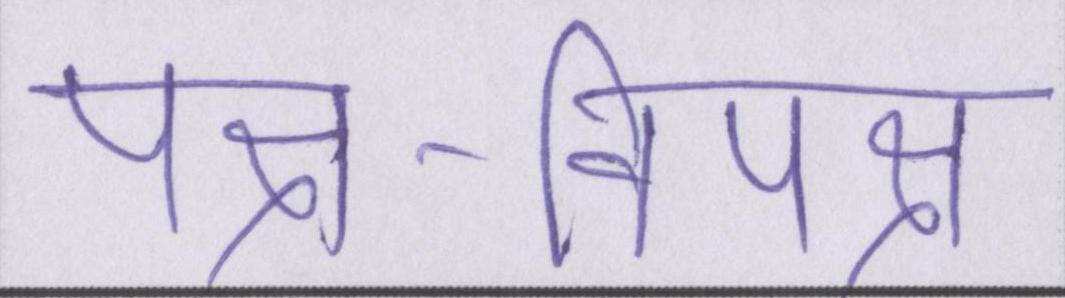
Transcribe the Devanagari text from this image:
पक्ष-विपक्ष